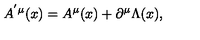
A ^ { ^ { \prime } \mu } ( x ) = A ^ { \mu } ( x ) + \partial ^ { \mu } \Lambda ( x ) ,